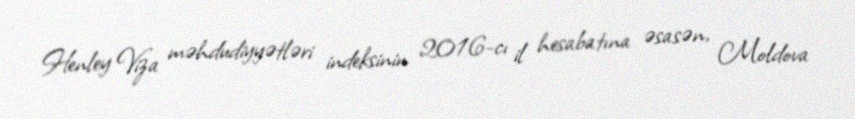
Henley Viza məhdudiyyətləri indeksinin 2016-cı il hesabatına əsasən, Moldova